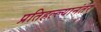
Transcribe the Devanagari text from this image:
प्रतिहल्ल्यानंतर